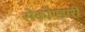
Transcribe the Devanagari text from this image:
सेकोण्डारी